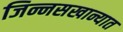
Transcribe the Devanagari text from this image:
जिन्नसखान्यात